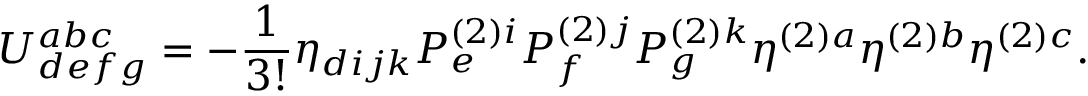
U _ { d e f g } ^ { a b c } = - \frac { 1 } { 3 ! } \eta _ { d i j k } P _ { e } ^ { ( 2 ) i } P _ { f } ^ { ( 2 ) j } P _ { g } ^ { ( 2 ) k } \eta ^ { ( 2 ) a } \eta ^ { ( 2 ) b } \eta ^ { ( 2 ) c } .